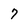
Character: 7